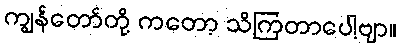
ကျွန်တော်တို့ ကတော့ သိကြတာပေါ့ဗျာ။